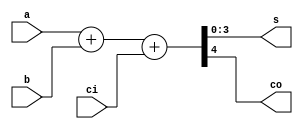
/********************************************
    4 Bit Full ripple adder (Data flow)
********************************************/

module full_adder_4bit_df(
    s,co,a,b,ci
);

input [3:0]a,b;
input ci;
output [3:0]s;
output co;

assign {co,s} = a+b+ci;

endmodule